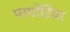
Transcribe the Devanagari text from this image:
पायोरिया